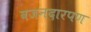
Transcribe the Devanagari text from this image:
वजनदारपण